Triennial report on the lunatic asylums in the province of Eastern Bengal and Assam - 1903-1911
Year: 1903
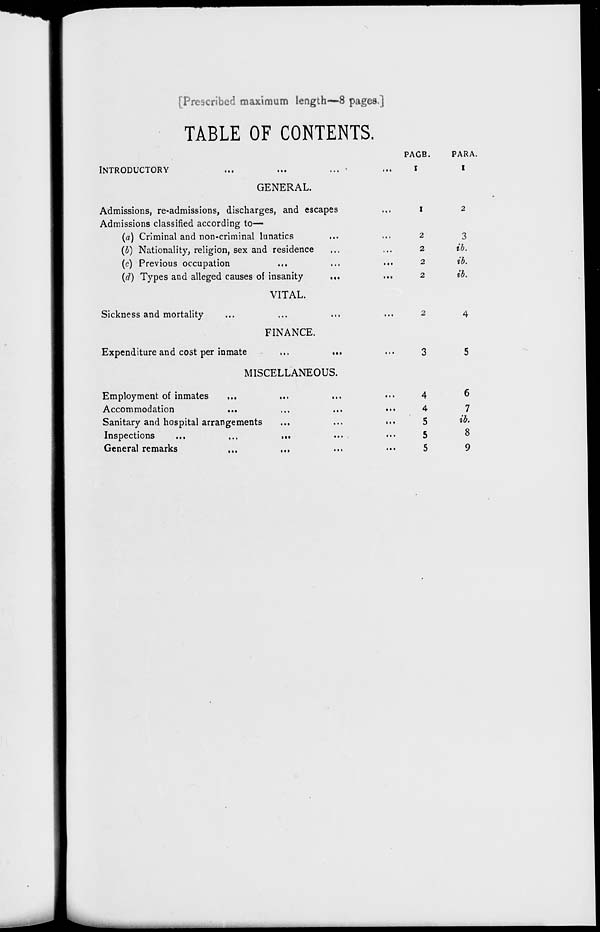
[Prescribed maximum length—8 pages.]
TABLE OF CONTENTS.
INTRODUCTORY ... ... ... ...
PAGE.
1
PARA.
1
GENERAL.
Admissions, re-admissions, discharges, and escapes ...
Admissions classified according to—
(a) Criminal and non-criminal lunatics ... ...
(b) Nationality, religion, sex and residence ... ...
(c) Previous occupation ... ... ... ...
(d) Types and alleged causes of insanity
... ...
1
2
2
2
2
2
3
ib.
ib.
ib.
VITAL.
Sickness and mortality ... ... ... ...
2
4
FINANCE.
Expenditure and cost per inmate ... ... ...
3
5
MISCELLANEOUS.
Employment of inmates ... ... ... ...
Accommodation ... ... ... ...
Sanitary and hospital arrangements ... ... ...
Inspections
...
...
...
... ...
General remarks
...
... ... ...
4
4
5
5
5
6
7
ib.
8
9